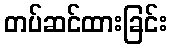
တပ်ဆင်ထားခြင်း